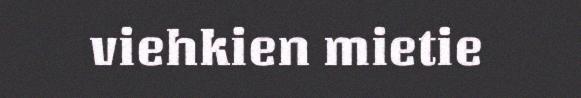
viehkien mietie